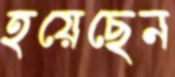
হয়েছেন